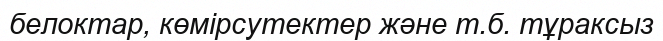
белоктар, көмірсутектер және т.б. тұраксыз